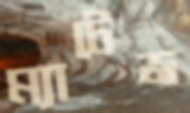
ম্যাটেজ